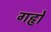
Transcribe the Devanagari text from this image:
गहृो